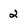
Character: 2